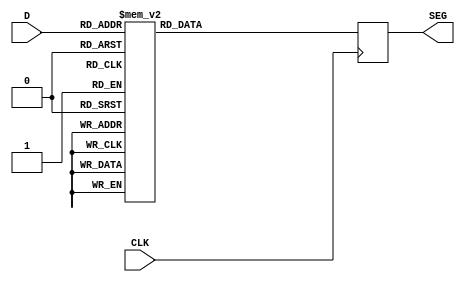
module decoder_7_seg(
	input CLK,
   input [3:0] D,
   output reg [7:0] SEG
   );
	
	//SEG <= 8'b11111111;
	 
always @(posedge CLK) 
begin
	case(D)
    4'd0: SEG <= 8'b10000001;
    4'd1: SEG <= 8'b11110011; 
    4'd2: SEG <= 8'b01001001;
    4'd3: SEG <= 8'b01100001;
    4'd4: SEG <= 8'b00110011;
    4'd5: SEG <= 8'b00100101;
    4'd6: SEG <= 8'b00000101;
    4'd7: SEG <= 8'b11110001;
    4'd8: SEG <= 8'b00000001;
    4'd9: SEG <= 8'b00100001;
	 4'hA: SEG <= 8'b00010001;
	 4'hB: SEG <= 8'b00000111;
	 4'hC: SEG <= 8'b10001101;
	 4'hD: SEG <= 8'b01000011;
	 4'hE: SEG <= 8'b00001101;
	 4'hF: SEG <= 8'b00011101;
    default: SEG <= 8'b11111111;
	endcase
end

endmodule